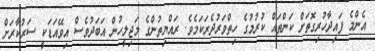
އެންމެ ފައިދާހުރިގޮތަށް ކަންތައް ކުރުމުގެ ހިތްވަރުދެރަކަމެވެ. ރައްޔިތުންގެ މަޖިލީހުން އަބަދުވެސް އިވޭއަޑަކީ ސަރުކާރަށް